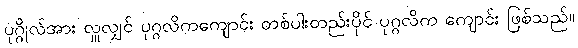
ပုဂ္ဂိုလ်အား လှူလျှင် ပုဂ္ဂလိကကျောင်း တစ်ပါးတည်းပိုင် ပုဂ္ဂလိက ကျောင်း ဖြစ်သည်။